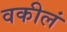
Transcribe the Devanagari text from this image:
वकीलं